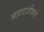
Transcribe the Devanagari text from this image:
महादजीकडे